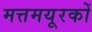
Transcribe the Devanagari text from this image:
मत्तमयूरकों